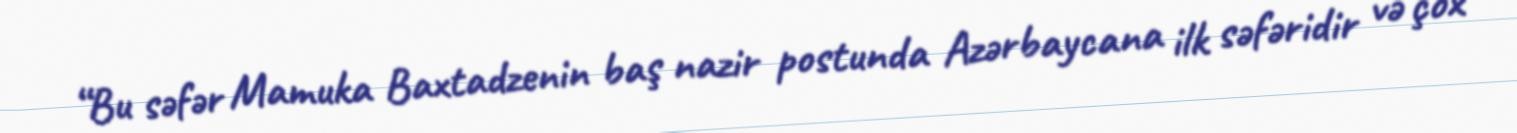
“Bu səfər Mamuka Baxtadzenin baş nazir postunda Azərbaycana ilk səfəridir və çox